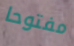
مفتوحا